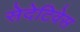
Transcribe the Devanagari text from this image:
सेदेटिवेस